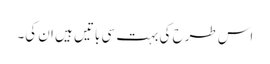
اس طرح کی بہت سی باتیں ہیں ان کی۔